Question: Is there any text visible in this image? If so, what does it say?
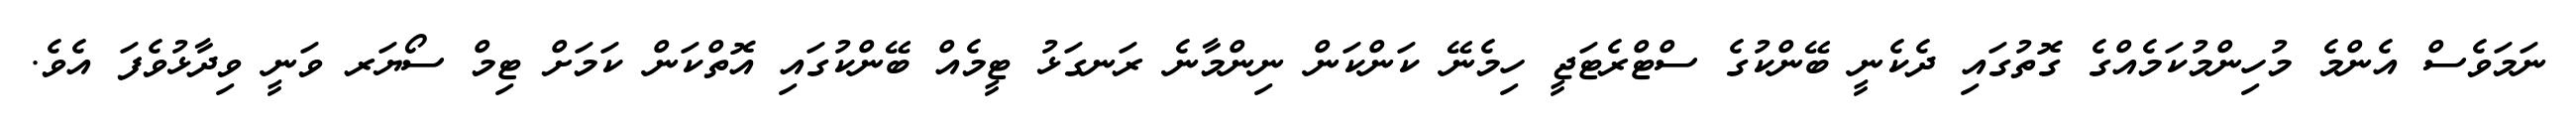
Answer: ނަމަވެސް އެންމެ މުހިންމުކަމެއްގެ ގޮތުގައި ދެކެނީ ބޭންކުގެ ސްޓްރެޓަޖީ ހިމެނޭ ކަންކަން ނިންމާނެ ރަނގަޅު ޓީމެއް ބޭންކުގައި އޮތްކަން ކަމަށް ޓިމް ސޯޔަރ ވަނީ ވިދާޅުވެފަ އެވެ.